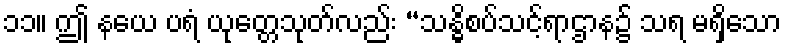
၁၁။ ဤ နယေ ပရံ ယုတ္တေသုတ်လည်း “သန္ဓိစပ်သင့်ရာဌာန၌ သရ မရှိသော